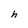
Character: h